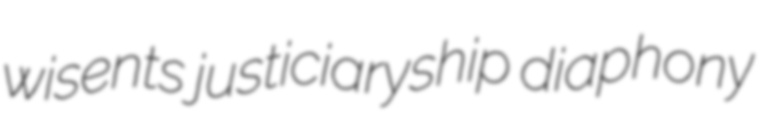
wisents justiciaryship diaphony